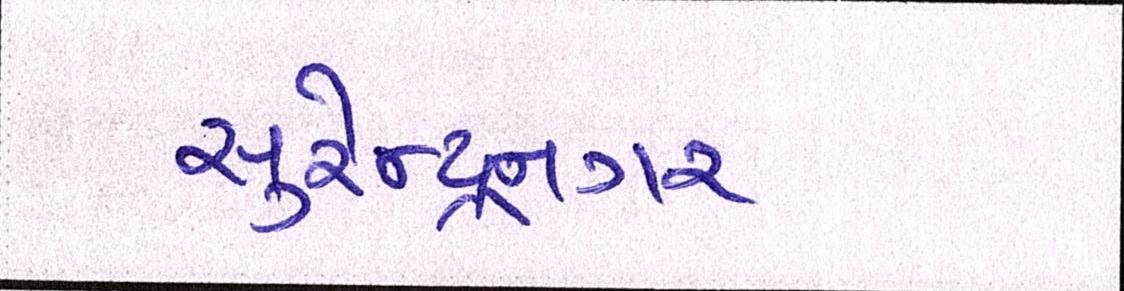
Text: સુરેન્દ્રનગર